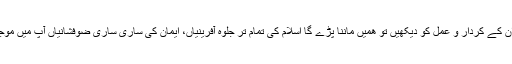
اگر ھم ان کے کردار و عمل کو دیکھیں تو ھمیں ماننا پڑے گا اسلام کی تمام تر جلوہ آفرینیاں، ایمان کی ساری ساری ضوفشانیاں آپ میں موجود ھیں۔